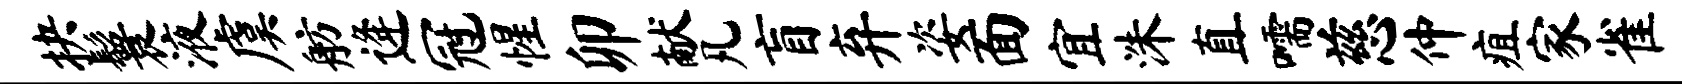
抉鬟液虞舫逄冠惺卯献凡盲弃姿面宜洙直嚅慈仲疽家雀